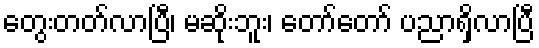
တွေးတတ်လာပြီ၊ မဆိုးဘူး၊ တော်တော် ပညာရှိလာပြီ